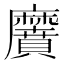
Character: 黂